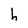
Character: h